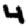
Digit: 4